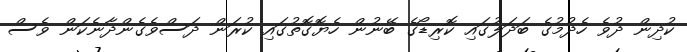
ކުދިން ދުވެ ހެދުމުގެ ބަދަލުގައި ކޮރިޑޯގެ ބޭނުން ހެޔޮގޮތުގައި ކުރަން ދަސްވެގެންދާނެކަން ވެސް